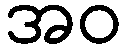
အဝ